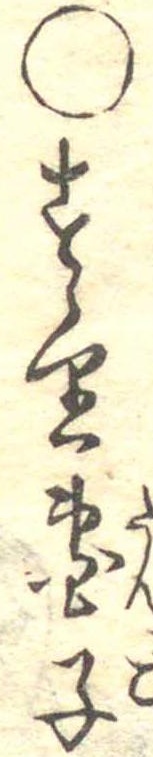
○すゝり団子